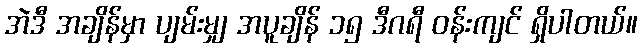
အဲဒီ အချိန်မှာ ပျမ်းမျှ အပူချိန် ၁၅ ဒီဂရီ ဝန်းကျင် ရှိပါတယ်။